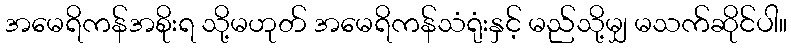
အမေရိကန်အစိုးရ သို့မဟုတ် အမေရိကန်သံရုံးနှင့် မည်သို့မျှ မသက်ဆိုင်ပါ။